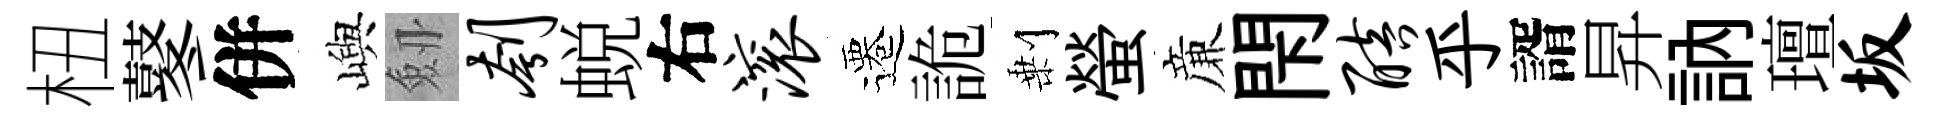
杻鼕併嶼劔刳蜕右滚遷詭剰螢亷閇醅乎諝昇訥璮坂